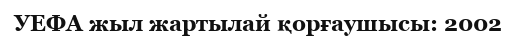
УЕФА жыл жартылай қорғаушысы: 2002